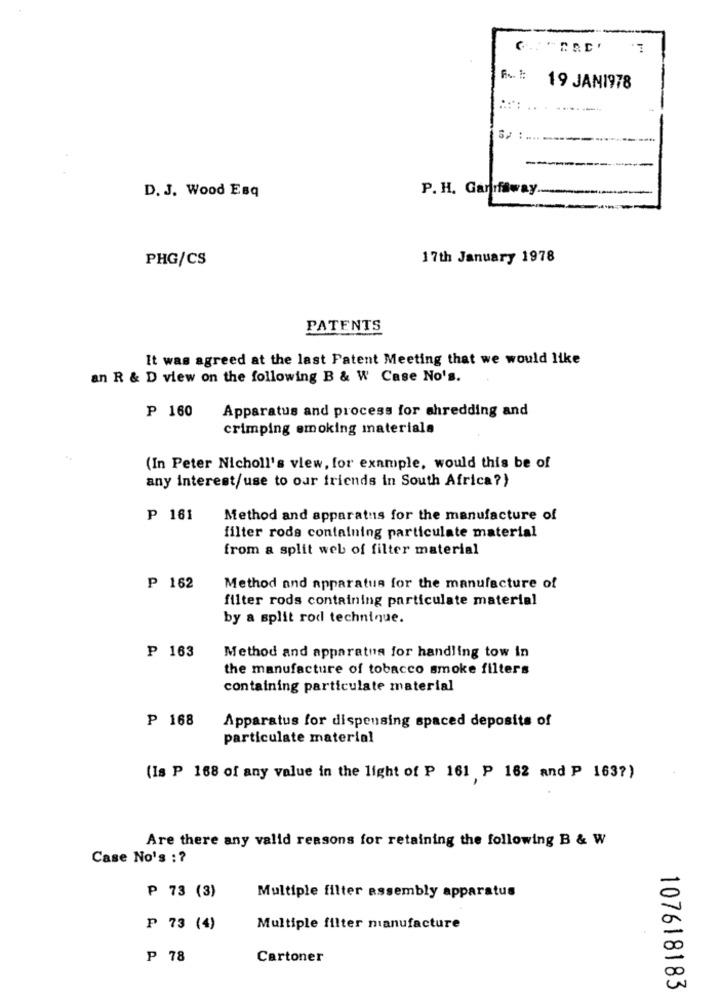
19 JAN1978
--
D. J. Wood Esq
P. H. Garifaway ..
PHG/CS
17th January 1978
PATENTS
It was agreed at the last Patent Meeting that we would like
an R & D view on the following B & W Case No's.
P 160
Apparatus and process for shredding and
crimping smoking materials
(In Peter Nicholl's view, for example, would this be of
any interest/use to our friends in South Africa?)
P 181
Method and apparatus for the manufacture of
filter rods containing particulate material
from a split web of filter material
₱ 162
Method and apparatus for the manufacture of
filter rods containing particulate material
by a split rod technique.
₱ 163
Method and apparatus for handling tow in
the manufacture of tobacco smoke filters
containing particulate material
₱ 168
Apparatus for dispensing spaced deposits of
particulate material
(Is P 168 of any value in the light of P 161 P 162 and P 163?)
Are there any valid reasons for retaining the following B & W
Case No's : ?
₱ 73 (3)
Multiple filter assembly apparatus
₱ 73 (4)
Multiple filter manufacture
P 78
Cartoner
107618183